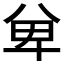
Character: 𭁏